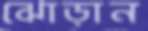
ঝোড়ান